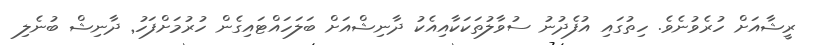
ރީޝާއަށް ހުރެވުނެވެ. ހިތުގައި އުފެދުނު ސުވާލުތަކަަކާއިއެކުު ދާނިޝްއަށްް ބަލަހައްޓައިގެން ހުރުމަށްފަހު